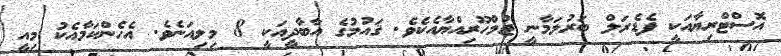
އޮސްޓްރިޔާއަކީ ފެޑެރަލް ބަރުލަމާނީ ޖުމްހޫރިއްޔާއެކެވެ. ޤައުމުގެ އާބާދީއަކީ 8 މިލިއަނެވެ. އެހެންކަމާއެކު މިއީ